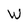
Character: W